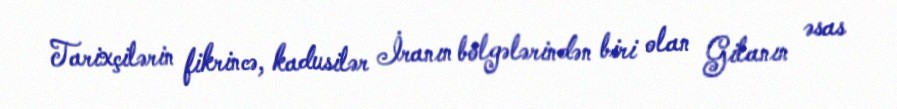
Tarixçilərin fikrincə, kadusilər İranın bölgələrindən biri olan Gilanın əsas